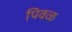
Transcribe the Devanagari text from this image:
पिवळ